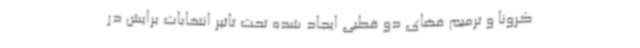
کرونا و ترمیم فضای دو قطبی ایجاد شده تحت تاثیر انتخابات برایش در